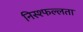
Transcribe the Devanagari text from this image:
निस्श्फल्लता